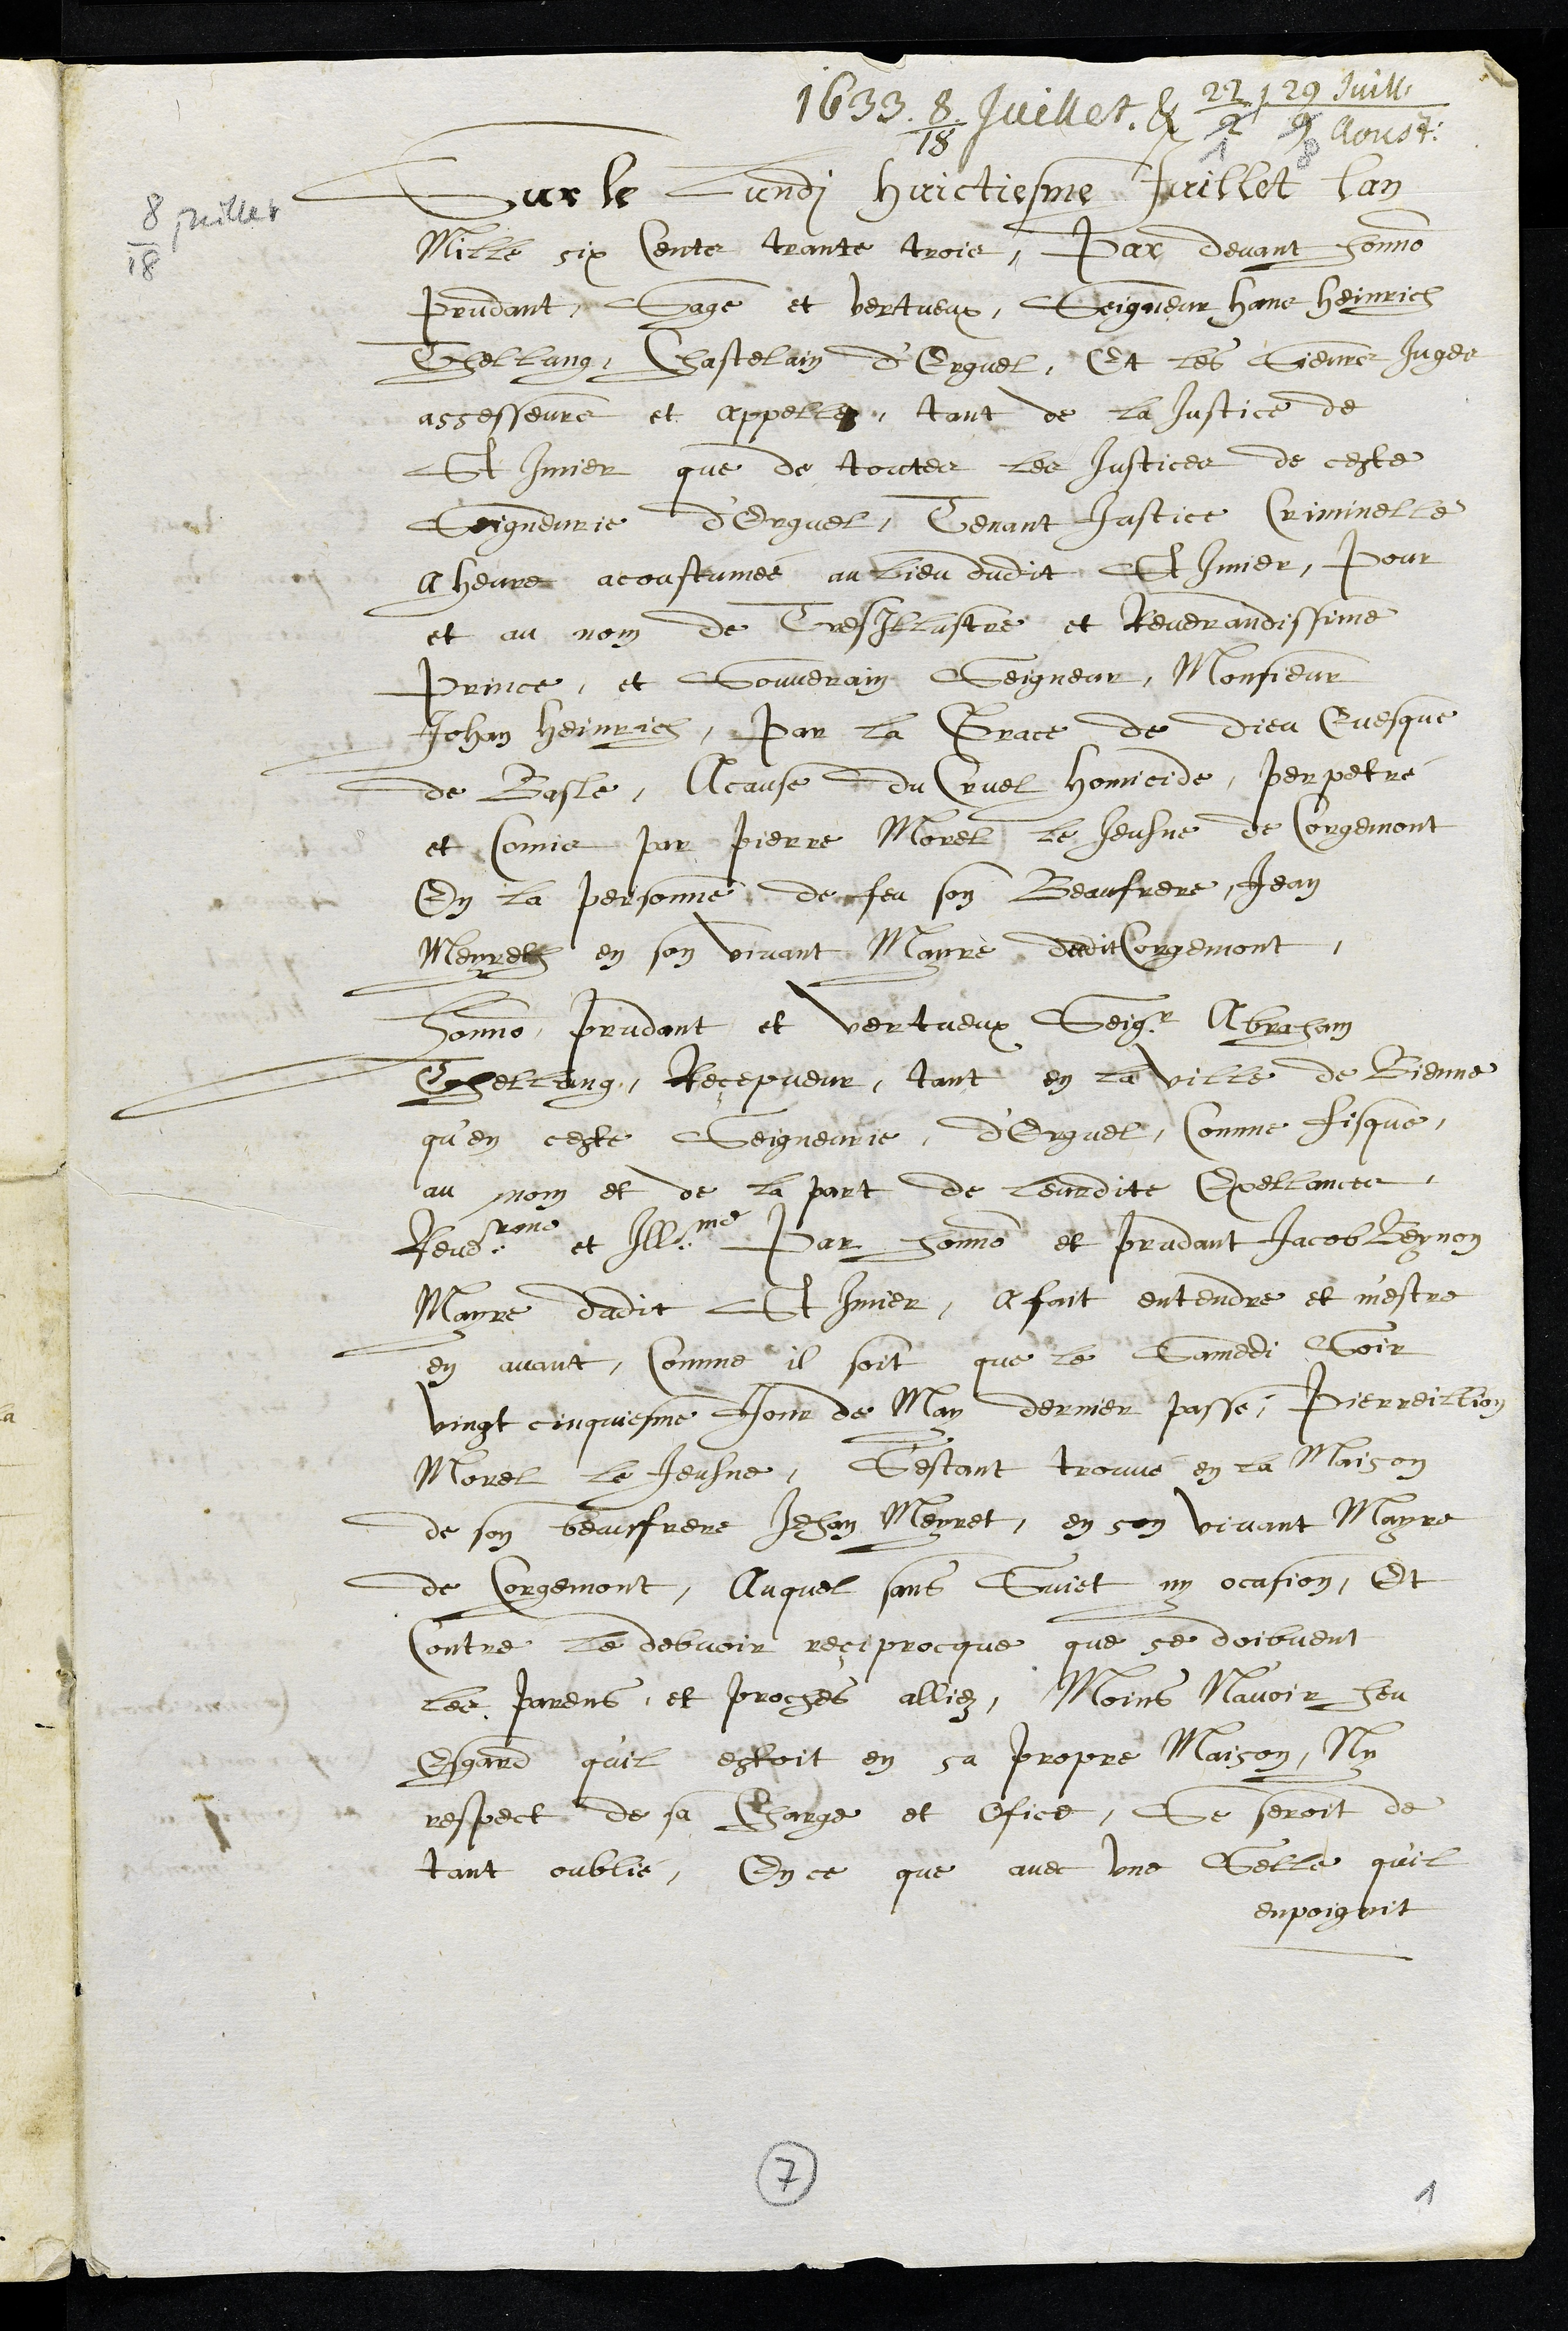
22-29 Juill.
1633 8/18 Juillet &
8/18 juillet
Sur le lundi huictiesme Juillet lan
Mille six cents trante trois, Par devant honnorables
Prudant, Sage et vertueux, Seigneur Hans Heinrich
Tellung, Chastelain d'Erguel, Et les sieurs Juges
assesseurs et appellez, tant de la Justice de
St Imier que de toutes les Justices de ceste
Seigneurie d'Erguel, Tenant Justice Criminelle
a heure acoustumée au lieu dudit St Imier, Pour
et au nom de Tres Illustre et Reverandissime
Prince, et Souverain Seigneur, Monsieur
Jehan Heinrich, Par la Grace de Dieu Evesque
de Basle, Acause du Cruel homicide, perpetré
et comis par Pierre Morel, le Jeusne de Corgemont
En la personne, de feu son Beaufrere, Jean
Meyreth en son vivant Mayre dudit Corgemont,
honnorable prudant et vertueux Seigr Abraham
Thellung, Recepveur, tant en la ville de Bienne
qu'en ceste Seigneurie, d'Erguel, comme fisque
au nom et de la part de leurdite Excellances
Reverendissime et Illme Par honnorable et prudant Jacob Beynon
Mayre dudit St Imier, a fait entendre et mestre
en avant, Comme il soit que le Samedi Soir
vingt cinquiesme Jour de May dernier passé, Pierreillion
Morel le Jeusne, S'estant trouvé en la Maison
de son beaufrere Jehan Meyret, en son vivant Mayre
de Corgemont, Auquel sans Sujet ny occasion, Et
Contre le debvoir reçiprocque que se doibvent
les parens et proches alliez, Moins N'avoir heu
Esgard qu'il estoit en sa propre Maison, Ny
respect de sa Charge et Ofice, Se seroit de
tant oublié, En ce que avec une Selle qu'il
enpoignit
7
1